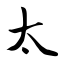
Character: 太